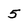
Character: 5